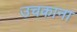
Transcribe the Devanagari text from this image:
उचकाना